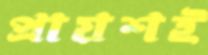
প্রায়শই